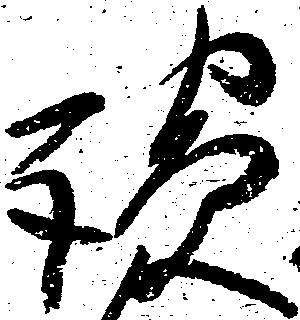
談